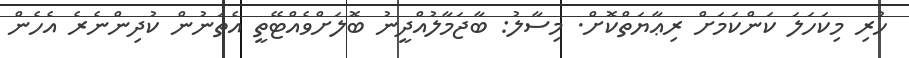
ހުރި މިކަހަލަ ކަންކަމަށް ރިޢާޔަތްކޮށް. މިސާލު: ބާޖަމާލުއްދީނު ބޮލަށްވެއްޓޭތީ އެތަނުން ކުދިންނެރެ އެހެން